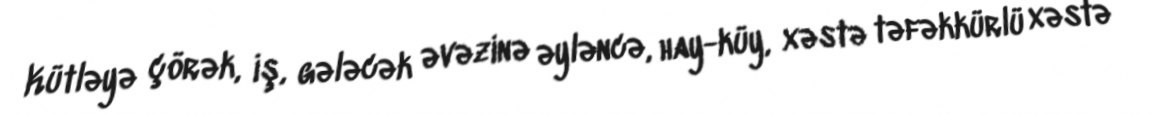
Kütləyə çörək, iş, gələcək əvəzinə əyləncə, hay-küy, xəstə təfəkkürlü xəstə